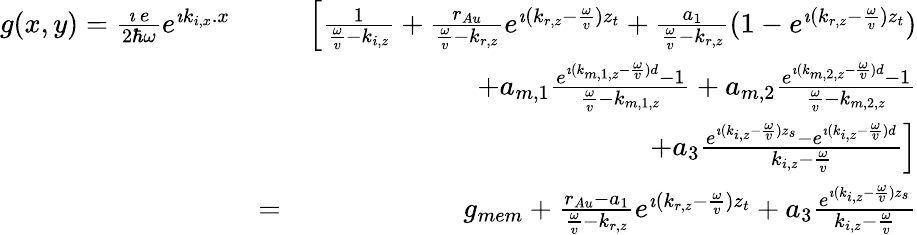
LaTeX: \begin{array}{rlr}{g(x,y)=\frac{\imath\, e}{2\hbar\omega}e^{\imath k_{i,x}.x}}&{}&{\left[\frac{1}{\frac{\omega}{v}-k_{i,z}}+\frac{r_{Au}}{\frac{\omega}{v}-k_{r,z}}e^{\imath(k_{r,z}-\frac{\omega}{v})z_{t}}+\frac{a_{1}}{\frac{\omega}{v}-k_{r,z}}(1-e^{\imath(k_{r,z}-\frac{\omega}{v})z_{t}})\right.}\\ &{}&{+a_{m,1}\frac{e^{\imath(k_{m,1,z}-\frac{\omega}{v})d}-1}{\frac{\omega}{v}-k_{m,1,z}}+a_{m,2}\frac{e^{\imath(k_{m,2,z}-\frac{\omega}{v})d}-1}{\frac{\omega}{v}-k_{m,2,z}}}\\ &{}&{\left.+a_{3}\frac{e^{\imath(k_{i,z}-\frac{\omega}{v})z_{s}}-e^{\imath(k_{i,z}-\frac{\omega}{v})d}}{k_{i,z}-\frac{\omega}{v}}\right]}\\ &{=}&{g_{mem}+\frac{r_{Au}-a_{1}}{\frac{\omega}{v}-k_{r,z}}e^{\imath(k_{r,z}-\frac{\omega}{v})z_{t}}+a_{3}\frac{e^{\imath(k_{i,z}-\frac{\omega}{v})z_{s}}}{k_{i,z}-\frac{\omega}{v}}}\end{array}